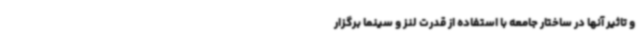
و تاثیر آنها در ساختار جامعه با استفاده از قدرت لنز و سینما برگزار